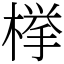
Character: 﨔